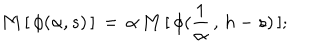
\mathbf { M } \, [ \, \phi ( \alpha , s ) \, ] \, = \, \alpha \, \mathbf { M } \, [ \, \phi ( \frac { 1 } { \alpha } \, , \, h - s ) \, ] ;